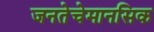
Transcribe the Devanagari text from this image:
जनतेचेमानसिक